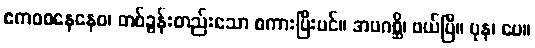
ဧကဝစနေနေဝ၊ တစ်ခွန်းတည်းသော စကားပြီးပင်။ အပဂစ္ဆိ၊ ဖယ်ပြီ။ ပုန၊ ပေ။